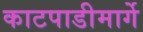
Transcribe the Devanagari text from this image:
काटपाडीमार्गे